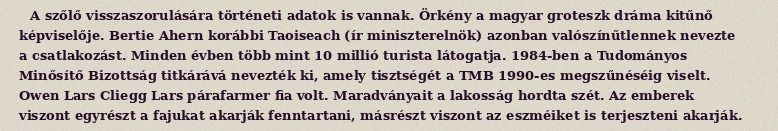
A szőlő visszaszorulására történeti adatok is vannak. Örkény a magyar groteszk dráma kitűnő képviselője. Bertie Ahern korábbi Taoiseach (ír miniszterelnök) azonban valószínűtlennek nevezte a csatlakozást. Minden évben több mint 10 millió turista látogatja. 1984-ben a Tudományos Minősítő Bizottság titkárává nevezték ki, amely tisztségét a TMB 1990-es megszűnéséig viselt. Owen Lars Cliegg Lars párafarmer fia volt. Maradványait a lakosság hordta szét. Az emberek viszont egyrészt a fajukat akarják fenntartani, másrészt viszont az eszméiket is terjeszteni akarják.